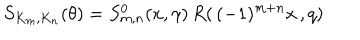
LaTeX: S _ { K _ { m } , K _ { n } } ( \theta ) = S _ { m , n } ^ { 0 } ( x , \gamma ) \, R ( \, ( - 1 ) ^ { m + n } x \, , q ) \,